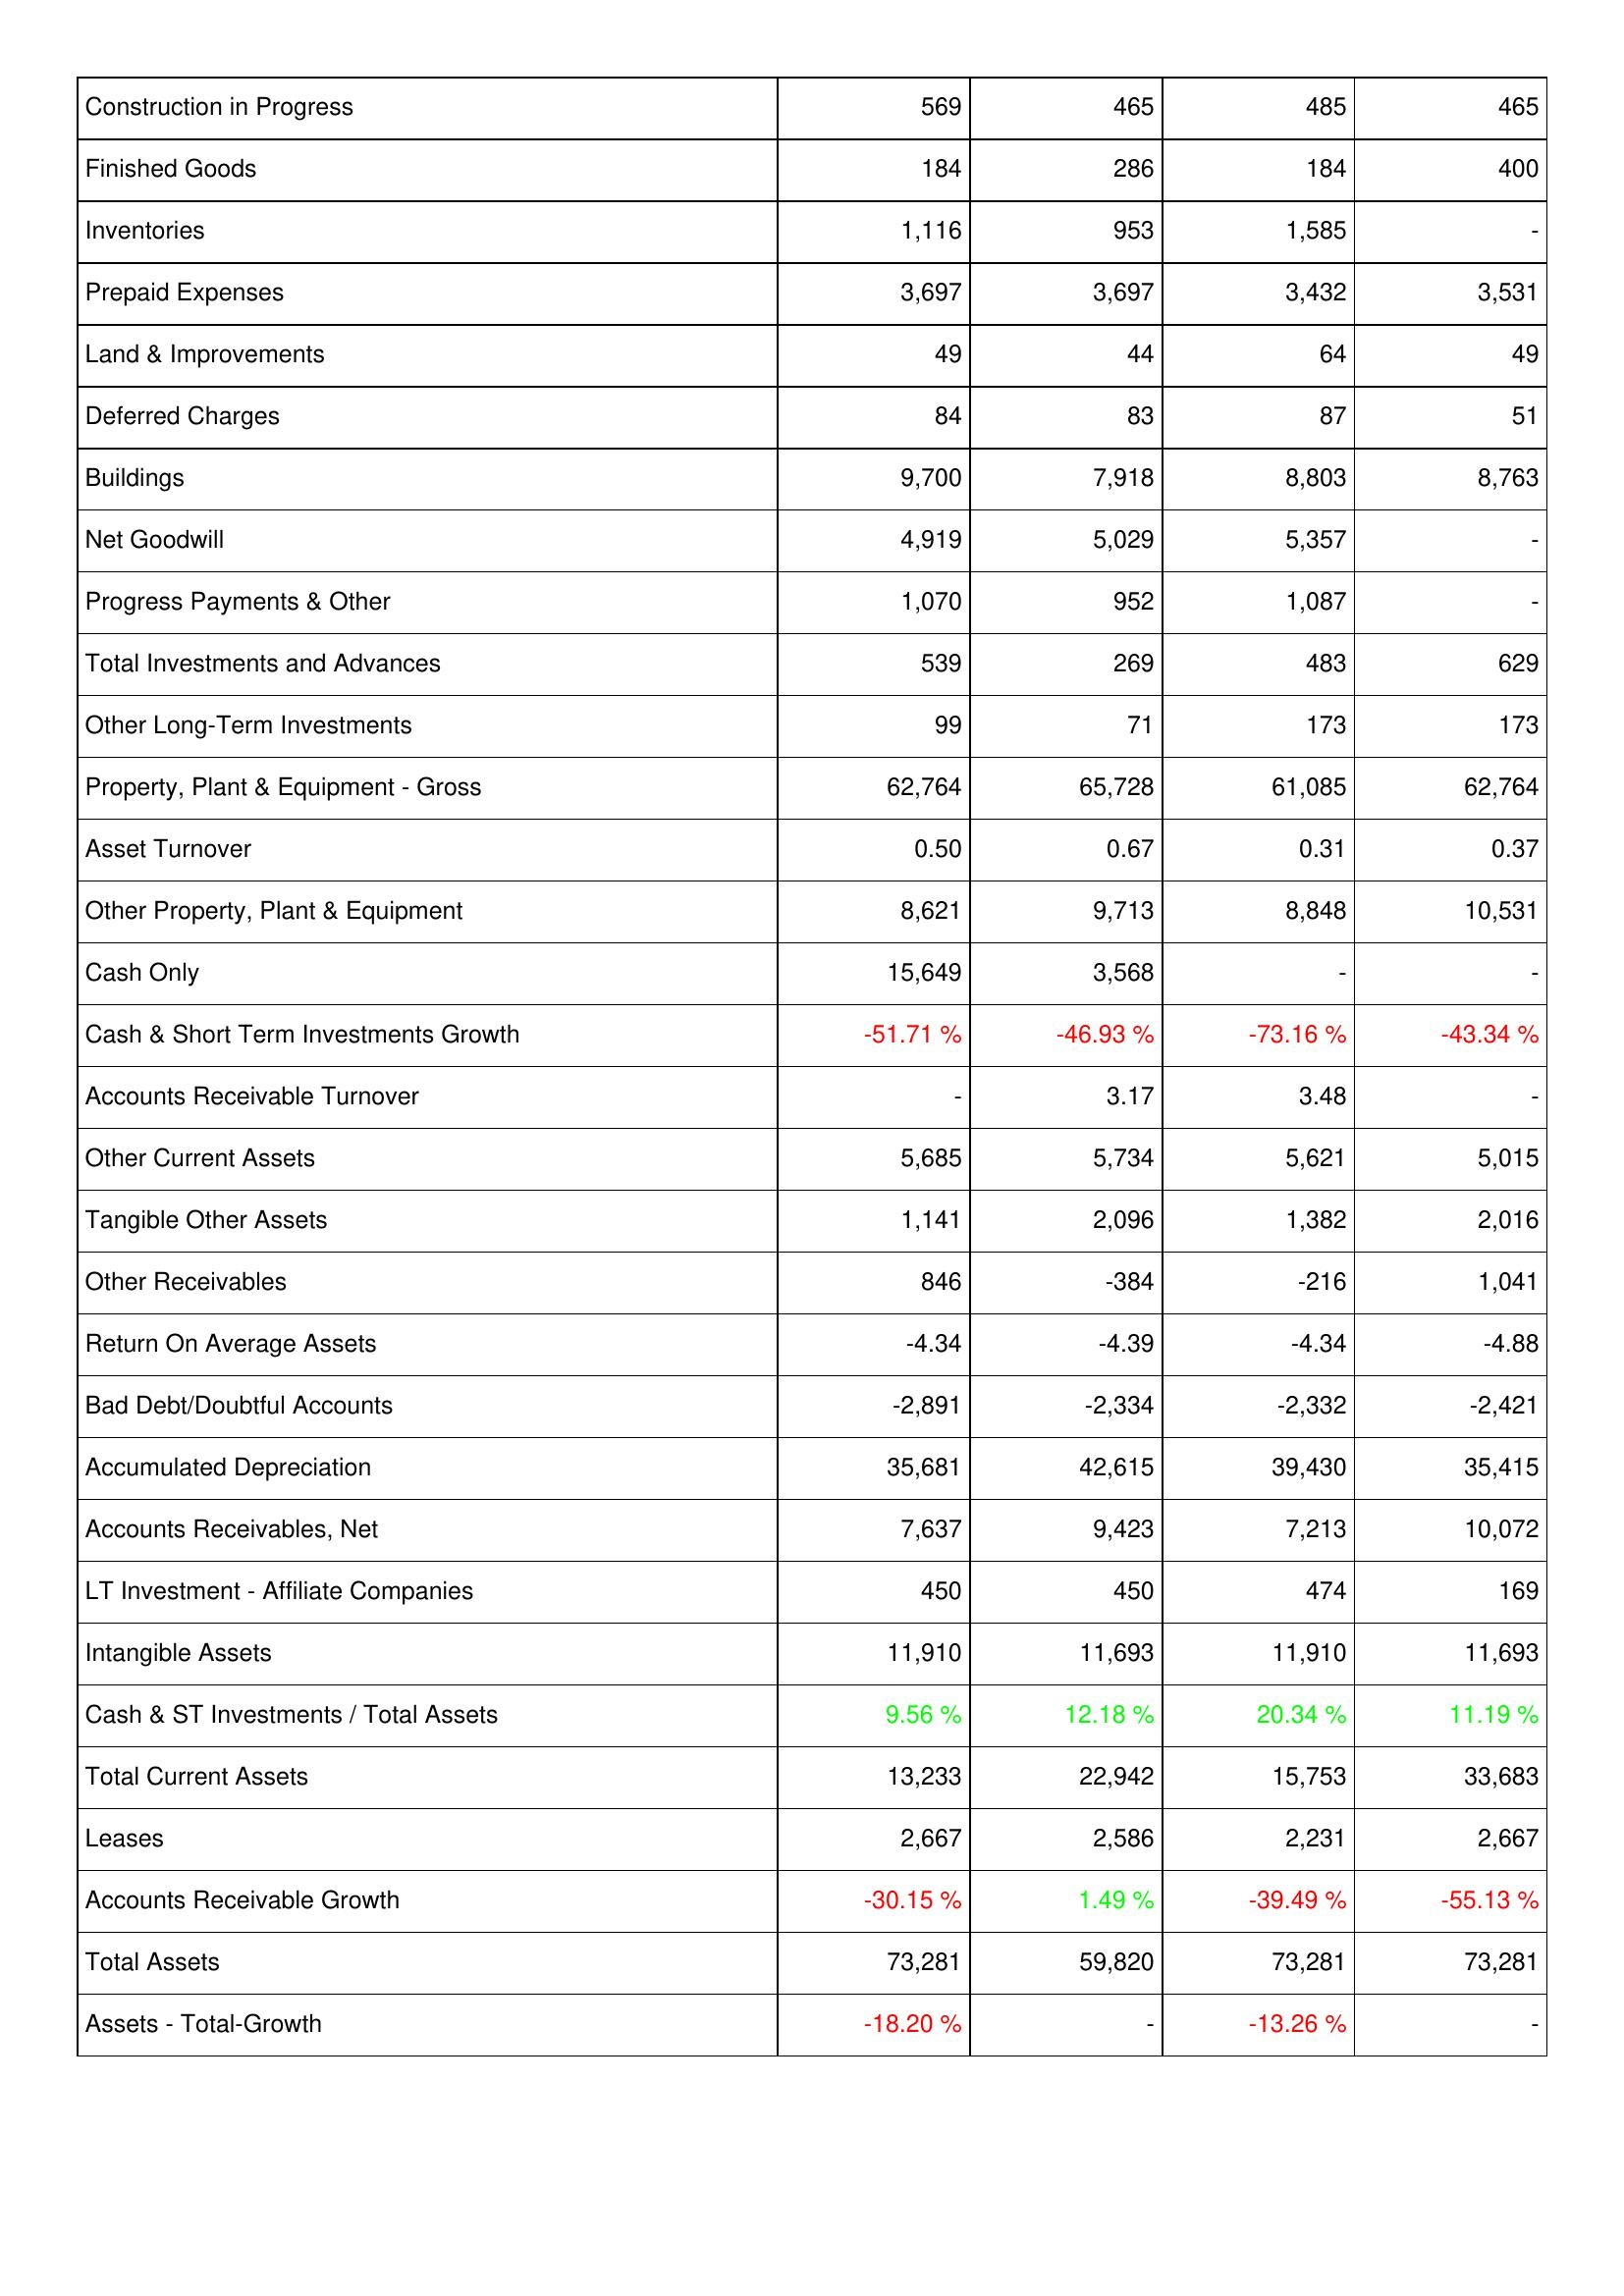
2022: Assets: Construction in Progress: 569
Finished Goods: 184
Inventories: 1,116
Prepaid Expenses: 3,697
Land & Improvements: 49
Deferred Charges: 84
Buildings: 9,700
Net Goodwill: 4,919
Progress Payments & Other: 1,070
Total Investments and Advances: 539
Other Long-Term Investments: 99
Property, Plant & Equipment - Gross: 62,764
Asset Turnover: 0.50
Other Property, Plant & Equipment: 8,621
Cash Only: 15,649
Cash & Short Term Investments Growth: -51.71 %
Accounts Receivable Turnover: -
Other Current Assets: 5,685
Tangible Other Assets: 1,141
Other Receivables: 846
Return On Average Assets: -4.34
Bad Debt/Doubtful Accounts: -2,891
Accumulated Depreciation: 35,681
Accounts Receivables, Net: 7,637
LT Investment - Affiliate Companies: 450
Intangible Assets: 11,910
Cash & ST Investments / Total Assets: 9.56 %
Total Current Assets: 13,233
Leases: 2,667
Accounts Receivable Growth: -30.15 %
Total Assets: 73,281
Assets - Total-Growth: -18.20 %
2021: Assets: Construction in Progress: 465
Finished Goods: 286
Inventories: 953
Prepaid Expenses: 3,697
Land & Improvements: 44
Deferred Charges: 83
Buildings: 7,918
Net Goodwill: 5,029
Progress Payments & Other: 952
Total Investments and Advances: 269
Other Long-Term Investments: 71
Property, Plant & Equipment - Gross: 65,728
Asset Turnover: 0.67
Other Property, Plant & Equipment: 9,713
Cash Only: 3,568
Cash & Short Term Investments Growth: -46.93 %
Accounts Receivable Turnover: 3.17
Other Current Assets: 5,734
Tangible Other Assets: 2,096
Other Receivables: -384
Return On Average Assets: -4.39
Bad Debt/Doubtful Accounts: -2,334
Accumulated Depreciation: 42,615
Accounts Receivables, Net: 9,423
LT Investment - Affiliate Companies: 450
Intangible Assets: 11,693
Cash & ST Investments / Total Assets: 12.18 %
Total Current Assets: 22,942
Leases: 2,586
Accounts Receivable Growth: 1.49 %
Total Assets: 59,820
Assets - Total-Growth: -
2020: Assets: Construction in Progress: 485
Finished Goods: 184
Inventories: 1,585
Prepaid Expenses: 3,432
Land & Improvements: 64
Deferred Charges: 87
Buildings: 8,803
Net Goodwill: 5,357
Progress Payments & Other: 1,087
Total Investments and Advances: 483
Other Long-Term Investments: 173
Property, Plant & Equipment - Gross: 61,085
Asset Turnover: 0.31
Other Property, Plant & Equipment: 8,848
Cash Only: -
Cash & Short Term Investments Growth: -73.16 %
Accounts Receivable Turnover: 3.48
Other Current Assets: 5,621
Tangible Other Assets: 1,382
Other Receivables: -216
Return On Average Assets: -4.34
Bad Debt/Doubtful Accounts: -2,332
Accumulated Depreciation: 39,430
Accounts Receivables, Net: 7,213
LT Investment - Affiliate Companies: 474
Intangible Assets: 11,910
Cash & ST Investments / Total Assets: 20.34 %
Total Current Assets: 15,753
Leases: 2,231
Accounts Receivable Growth: -39.49 %
Total Assets: 73,281
Assets - Total-Growth: -13.26 %
2019: Assets: Construction in Progress: 465
Finished Goods: 400
Inventories: -
Prepaid Expenses: 3,531
Land & Improvements: 49
Deferred Charges: 51
Buildings: 8,763
Net Goodwill: -
Progress Payments & Other: -
Total Investments and Advances: 629
Other Long-Term Investments: 173
Property, Plant & Equipment - Gross: 62,764
Asset Turnover: 0.37
Other Property, Plant & Equipment: 10,531
Cash Only: -
Cash & Short Term Investments Growth: -43.34 %
Accounts Receivable Turnover: -
Other Current Assets: 5,015
Tangible Other Assets: 2,016
Other Receivables: 1,041
Return On Average Assets: -4.88
Bad Debt/Doubtful Accounts: -2,421
Accumulated Depreciation: 35,415
Accounts Receivables, Net: 10,072
LT Investment - Affiliate Companies: 169
Intangible Assets: 11,693
Cash & ST Investments / Total Assets: 11.19 %
Total Current Assets: 33,683
Leases: 2,667
Accounts Receivable Growth: -55.13 %
Total Assets: 73,281
Assets - Total-Growth: -